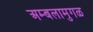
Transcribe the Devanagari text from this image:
अम्बलामुगळ